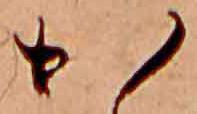
か